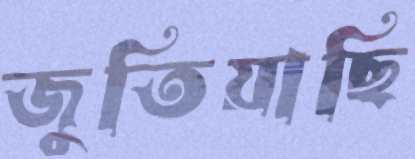
জুতিয়াছি